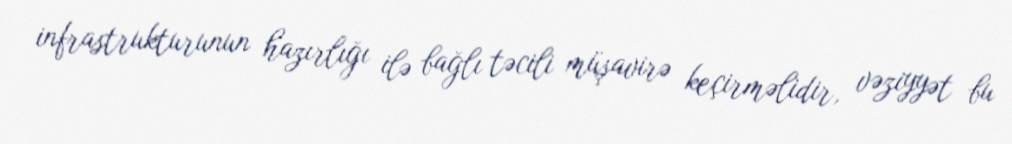
infrastrukturunun hazırlığı ilə bağlı təcili müşavirə keçirməlidir, vəziyyət bu